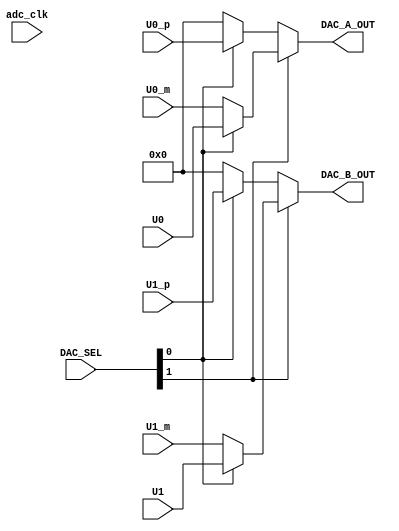
module DAC_MUX
#(
	parameter DATA_WIDTH = 14
)
(
    input adc_clk,
	input [1:0] DAC_SEL,
	input [DATA_WIDTH - 1:0] U0,
	input [DATA_WIDTH - 1:0] U1,
	input [DATA_WIDTH - 1:0] U0_p,
	input [DATA_WIDTH - 1:0] U0_m,
	input [DATA_WIDTH - 1:0] U1_p,
	input [DATA_WIDTH - 1:0] U1_m,
	output [DATA_WIDTH - 1:0] DAC_A_OUT,
	output [DATA_WIDTH - 1:0] DAC_B_OUT
);


reg [DATA_WIDTH - 1:0] int_DAC_A_out;
reg [DATA_WIDTH - 1:0] int_DAC_B_out;
wire [DATA_WIDTH - 1:0] zero_init = {DATA_WIDTH{1'b0}};

assign DAC_A_OUT=DAC_SEL[1]?(DAC_SEL[0]?U0:U0_m):(DAC_SEL[0]?U0_p:zero_init);
assign DAC_B_OUT=DAC_SEL[1]?(DAC_SEL[0]?U1:U1_m):(DAC_SEL[0]?U1_p:zero_init); 

always @(posedge adc_clk)
begin
    case (DAC_SEL)
        2'b11:
        begin
            int_DAC_A_out = U0;
            int_DAC_B_out = U1;
        end
        2'b10:
        begin
            int_DAC_A_out = U0_m;
            int_DAC_B_out = U1_m;
        end
        2'b01:
        begin
            int_DAC_A_out = U0_p;
            int_DAC_B_out = U1_p;
        end
        2'b00:
        begin
            int_DAC_A_out = zero_init;
            int_DAC_B_out = zero_init;
        end
    endcase
end

endmodule